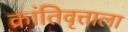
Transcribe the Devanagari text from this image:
क्रांतिवृत्ताला